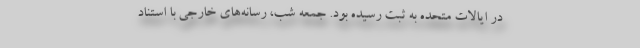
در ایالات متحده به ثبت رسیده بود. جمعه شب، رسانه‌های خارجی با استناد